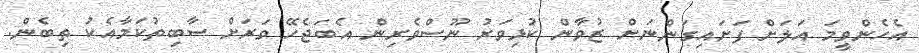
އެހެންވީމަ އަލަށް ފަށައިގަންނަށް ޒުވާން ކުޅިވަރު ނޫސްވެރިން އެބަޖެހޭ ވަރަށް ސާބިތުކަމާއެކު ތިބެން.